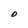
Character: O